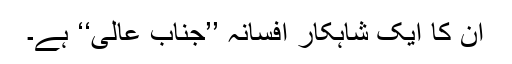
ان کا ایک شاہکار افسانہ ’’جناب عالی‘‘ ہے۔